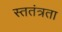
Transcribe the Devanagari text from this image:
स्ततंत्रता